Report on horse surra - Volume I
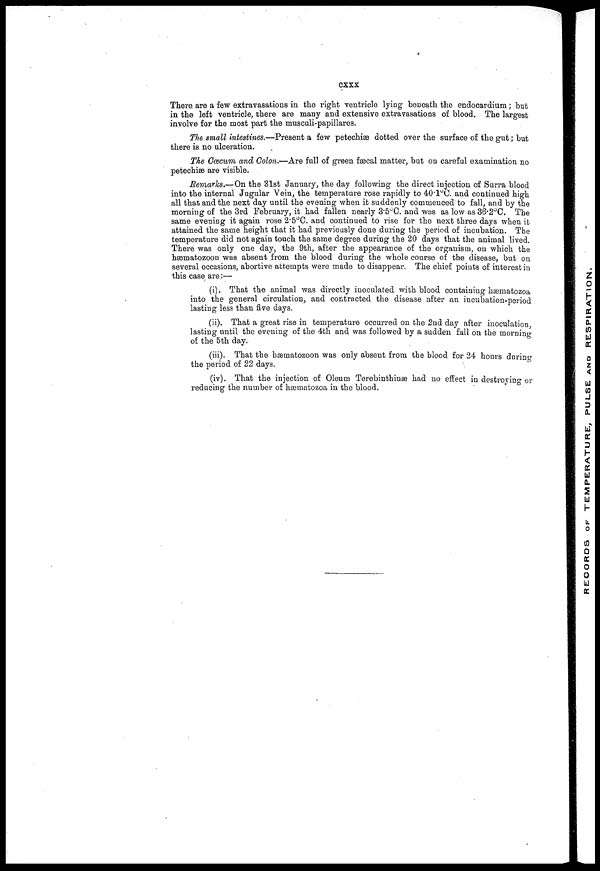
cxxx
There, are a few extravasations in the right ventricle lying beneath the endocardium; but
in the left ventricle/there are many and extensive extravasations of blood. The largest
involve for the most part the musculi-papillares.
The small intestines.—Present a few petechiæ dotted over the surface of the gut; but
there is no ulceration.
The Cæcum and Colon.—Are full of green fæcal matter, but on careful examination no
petechiæ are visible.
Remarks.—On the 31st January, the day following the direct injection of Surra blood
into the internal Jugular Vein, the temperature rose rapidly to 40.l°C. and continued high
all that and the next day until the evening when it suddenly commenced to fall, and by the
morning of the 3rd February, it had fallen nearly 3.5°C. and was as low as 36.2°C. The
same evening it again rose 2.5°C. and continued to rise for the next three days when it
attained the same height that it had previously done during the period of incubation. The
temperature did not again touch the same degree during the 20 days that the animal lived.
There was only one day, the 9th, after the appearance of the organism, on which the
hæmatozoon was absent from the blood during the whole course of the disease, but on
several occasions, abortive attempts were made to disappear. The chief points of interest in
this case are:—
(i). That the animal was directly inoculated with blood containing hæmatozoa
into the general circulation, and contracted the disease after an incubation-period
lasting less than five days.
(ii). That a great rise in temperature occurred on the 2nd day after inoculation
lasting until the evening of the 4th and was followed by a sudden fall on the mornino-
of the 5 th day.
(iii). That the hæmatozoon was only absent from the blood for 24 hours during
the period of 22 days.
(iv). That the injection of Oleum Terebinthinse had no effect in destroying or
reducing the number of hæmatozoa in the blood.